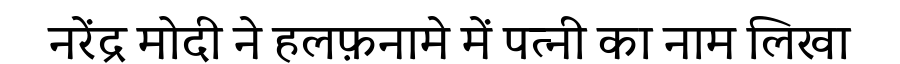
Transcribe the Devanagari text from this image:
नरेंद्र मोदी ने हलफ़नामे में पत्नी का नाम लिखा